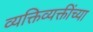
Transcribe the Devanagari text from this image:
व्यक्तिव्यक्तींच्या